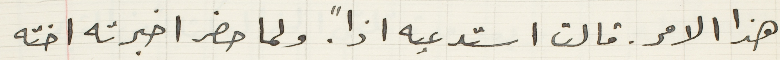
هذا الامر. قالت استدعيه اذاً. ولما حضر اخبرته اخته